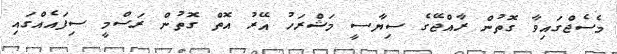
މެސެޖްގައިވާ ގޮތުން ރާއްޖޭގެ ސިޔާސީ މަޝްރަހު އޭރު އޮތް ގޮތުން ރަސްމީ ސިފައެއްގައި